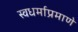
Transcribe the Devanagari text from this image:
स्वधर्माप्रमाणे